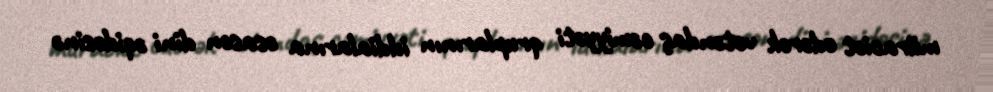
müraciət edərək vətəndaş cəmiyyəti qruplarının iddialarına əsasən dini əqidəsinə